Taavet_Bergmanni_abiraha_sihtasutus, lk 22
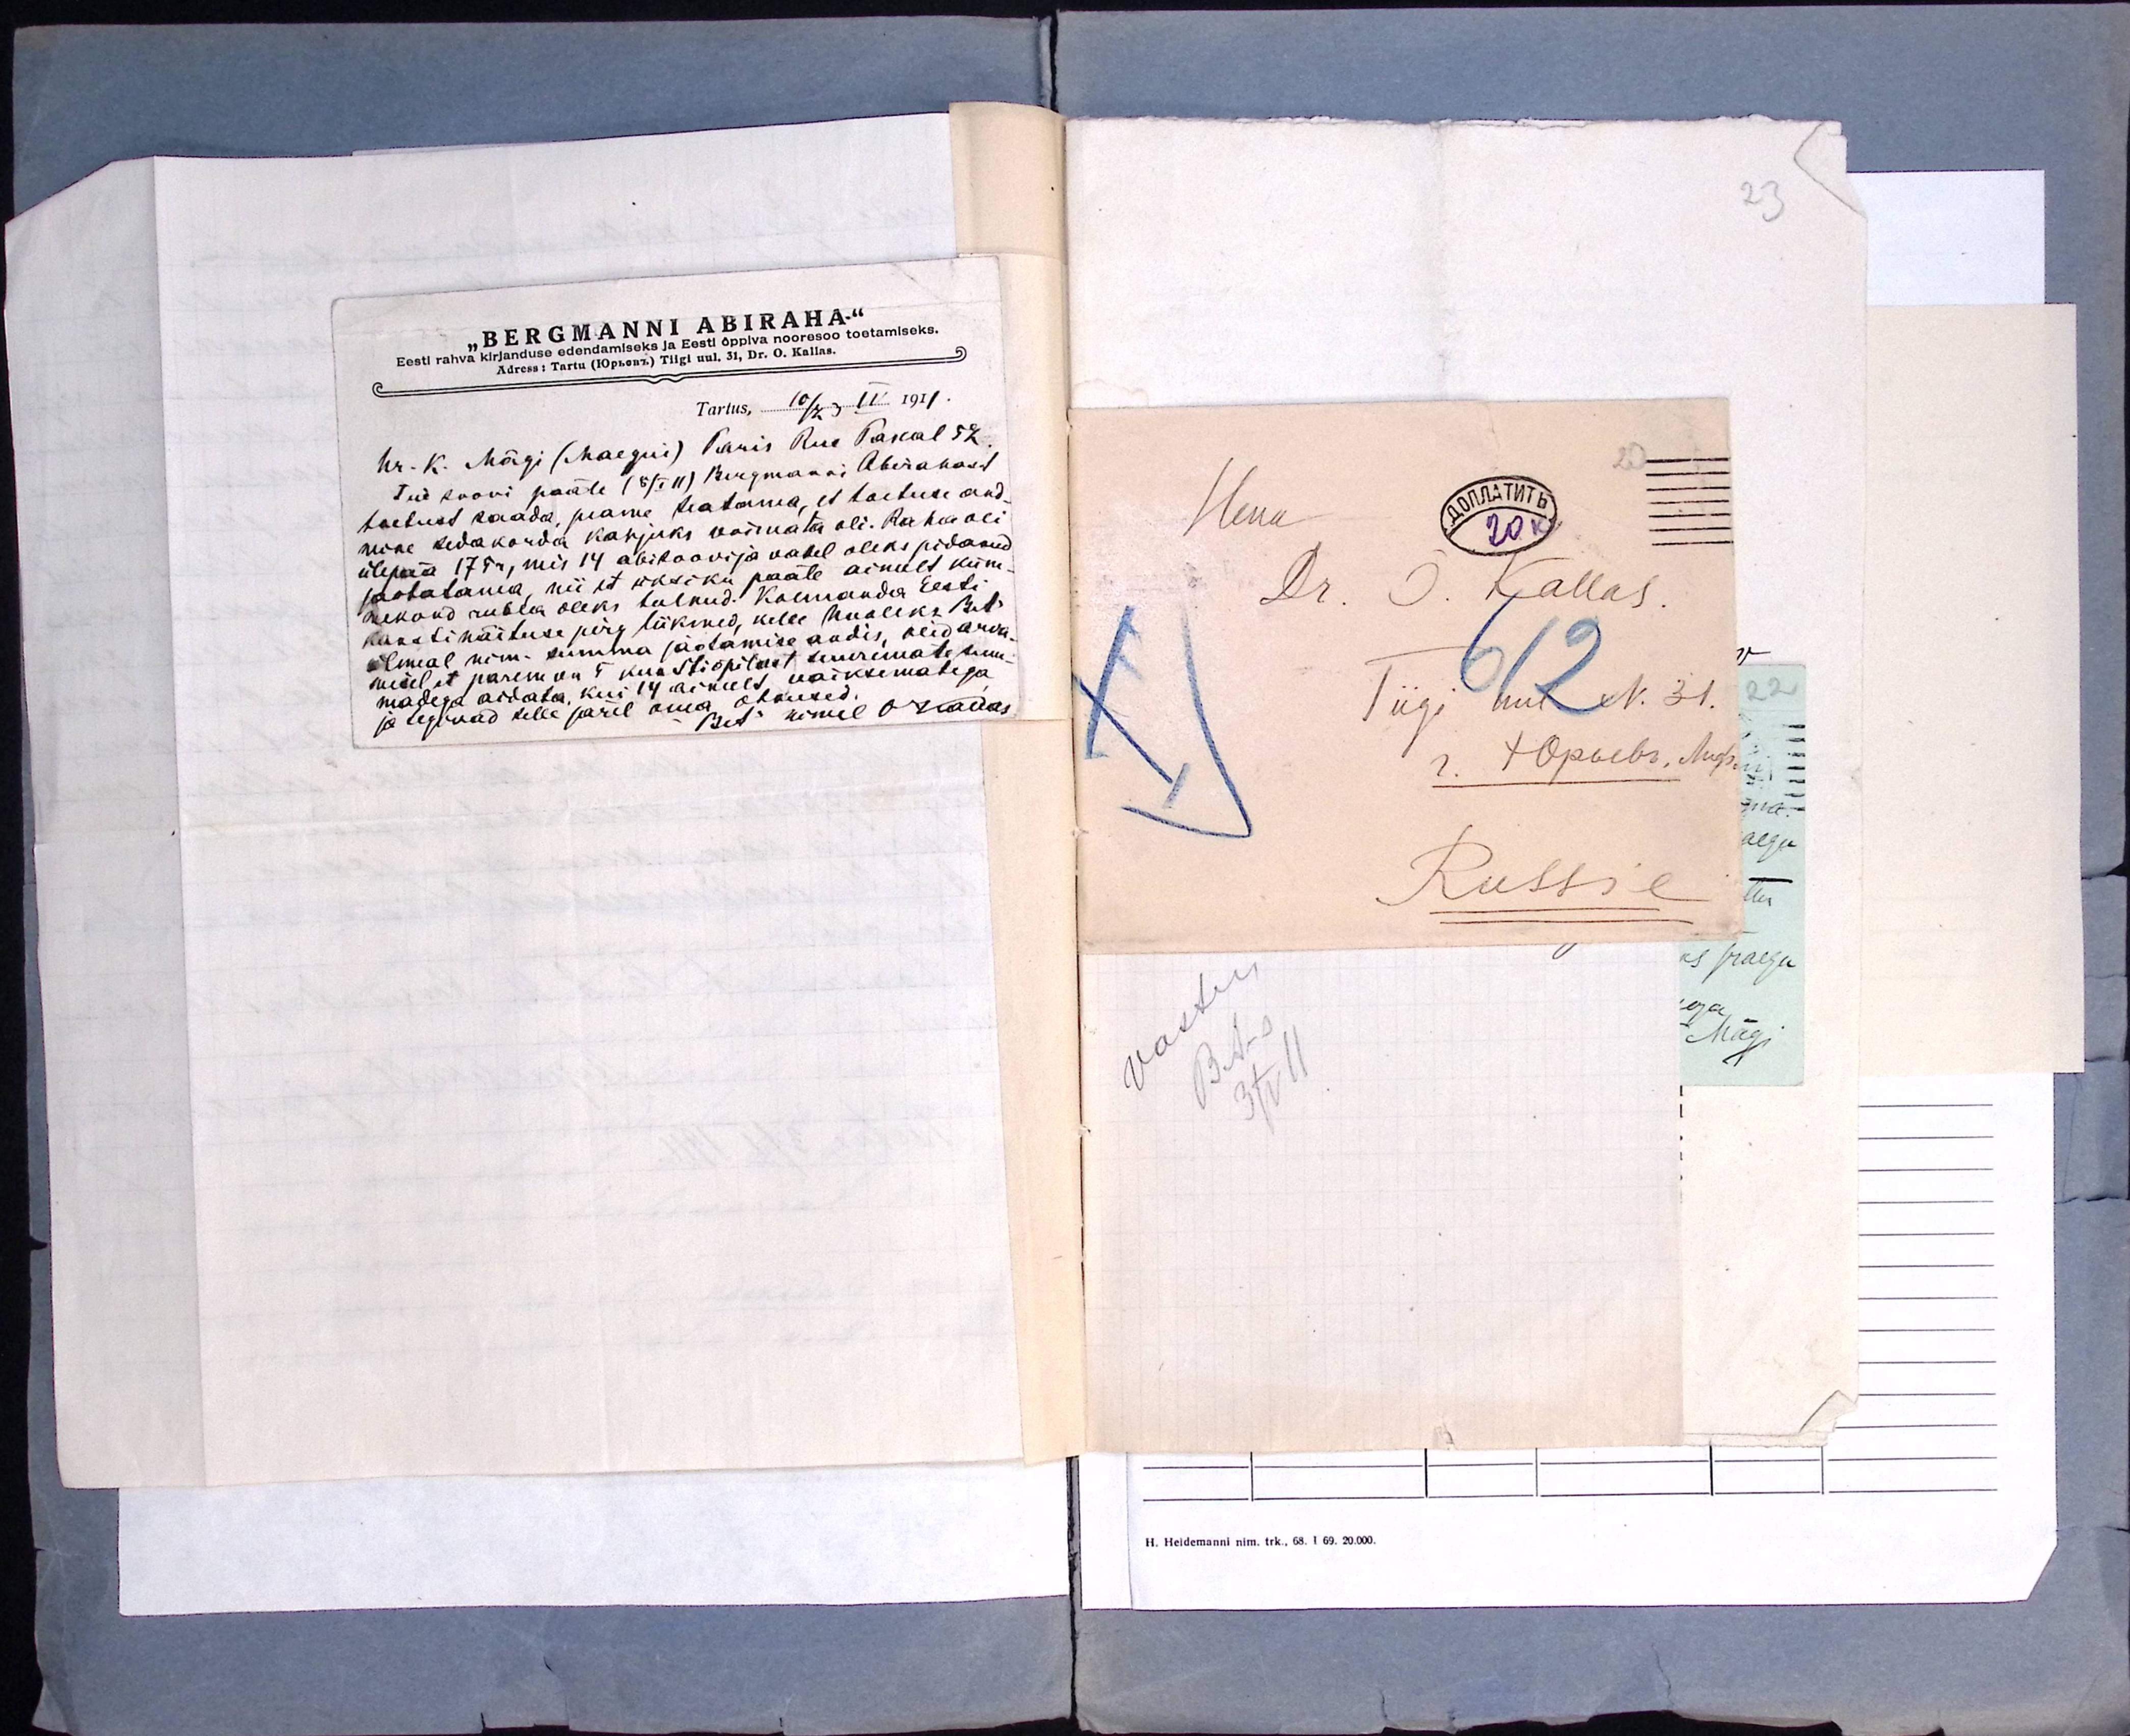
"BERGMANNI ABIRAHA"
Eesti rahva kirjanduse edendamiseks ja Eesti õppiva nooresoo toetamiseks.
Adress: Tartu (Юръевъ) Tiigi uul. 31, Dr. O. Kallas
Tartus, 10/23  IV 1911
hr. K. Mägi (Maegui) Paris Rue Pascal 52.
Teie soovi pääle (5/I 11) Bergmanni Abirahast
toetust saada, peame teatama, et toetuse and-
mine sedakorda kahjuks võimata oli. Raha oli
ülepää 175r, mis 14 abisoovija vahel oleks pidanud
jaotatama, nii et üksiku pääle ainult küm-
mekond rubla oleks tulnud. Kolmanda Eesti
kunstinäituse jury liikmed, kelle hooleks BA
ülemal nim. summa jaotamise andis, olid arva-
misel et parem on 5 kunstiõpilast suuremate sum-
madega aidata, kui 14 ainult vaiksematega,
ja tegewad selle järel oma otsused.
BA nimel OKallas

Herra
Dr. O. Kallas.
Tiigi uul. N. 31.